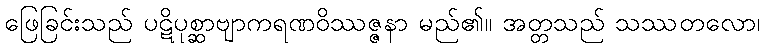
ဖြေခြင်းသည် ပဋိပုစ္ဆာဗျာကရဏဝိဿဇ္ဇနာ မည်၏။ အတ္တသည် သဿတလော၊